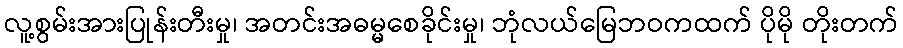
လူ့စွမ်းအားပြုန်းတီးမှု၊ အတင်းအဓမ္မစေခိုင်းမှု၊ ဘုံလယ်မြေဘဝကထက် ပိုမို တိုးတက်